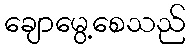
ချောမွေ့စေသည်